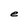
Character: e